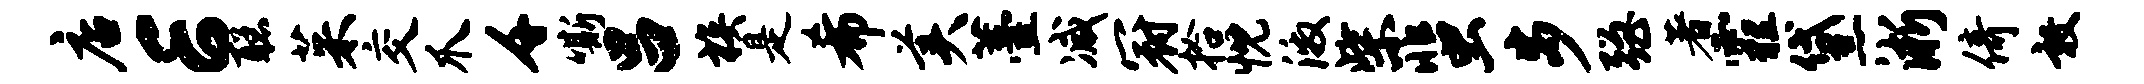
店E聪茱交爪千嘶吕族是希美薹减冠拾忱激柴蜚步强著霾黛淅倚敦